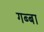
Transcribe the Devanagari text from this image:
गब्बा